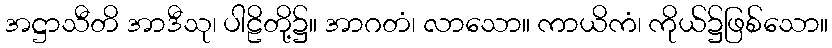
အဋ္ဌာသီတိ အာဒီသု၊ ပါဠိတို့၌။ အာဂတံ၊ လာသော။ ကာယိကံ၊ ကိုယ်၌ဖြစ်သော။